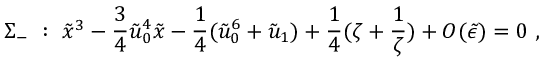
\Sigma _ { - } \ : \ \tilde { x } ^ { 3 } - \frac { 3 } { 4 } \tilde { u } _ { 0 } ^ { 4 } \tilde { x } - \frac { 1 } { 4 } ( \tilde { u } _ { 0 } ^ { 6 } + \tilde { u } _ { 1 } ) + \frac { 1 } { 4 } ( \zeta + \frac { 1 } { \zeta } ) + { \cal O } ( \tilde { \epsilon } ) = 0 \ ,